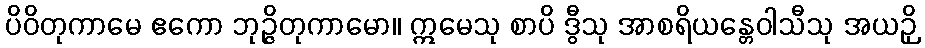
ပိဝိတုကာမေ ဧကော ဘုဉ္ဇိတုကာမော။ ဣမေသု စာပိ ဒွီသု အာစရိယန္တေဝါသီသု အယဉှိ